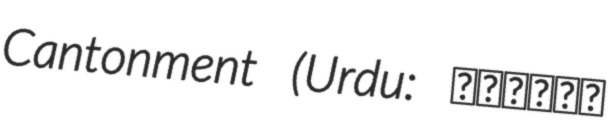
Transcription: Cantonment (Urdu: کورنگی